Leaving Certificate Examination, 1905
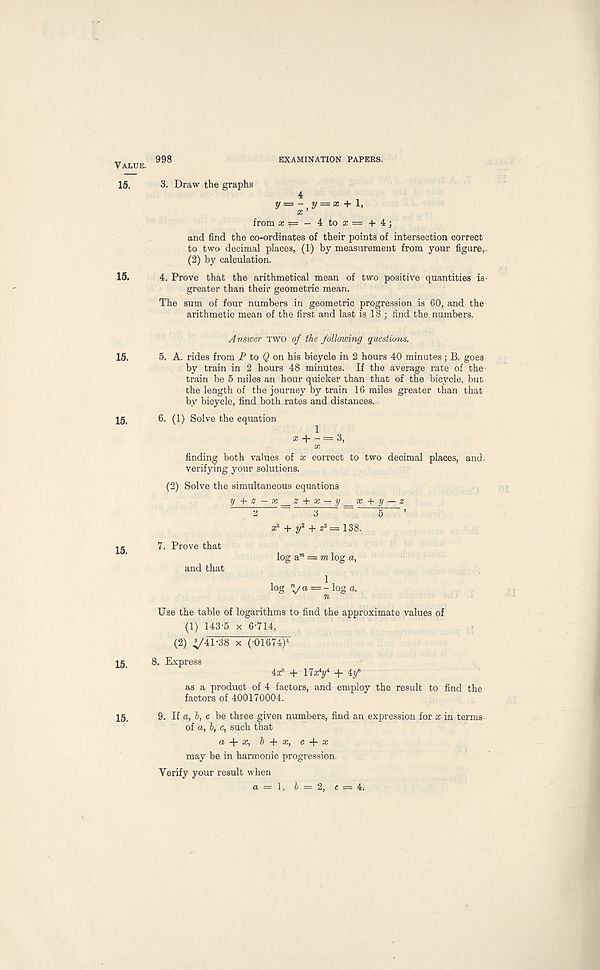
Value. 998
EXAMINATION PAPERS.
15.
3. Draw the graphs
4
y = - ,y = x + 1,
x
from a;T=-4toa;=+4;
and find the co-ordinates of their points of intersection correct
to two decimal places, (1) by measurement from your figure,.
(2) by calculation.
15.
4. Prove that the arithmetical mean of two positive quantities is-
greater than their geometric mean.
The sum of four numbers in geometric progression is 60, and the
arithmetic mean of the first and last is 18 ; find the numbers.
15.
15.
15.
15.
Answer TWO of the following questions.
5. A. rides from P to Q on his bicycle in 2 hours 40 minutes; B. goes
by train in 2 hours 48 minutes. If the average rate of the
train be 5 miles an hour quicker than that of the bicycle, but
the length of the journey by train 16 miles greater than that
by bicycle, find both rates and distances.
6. (1) Solve the equation
1
x — = 3,
x
finding both values of x correct to two decimal places, and-
verifying your solutions.
(2) Solve the simultaneous equations
y + z — x z + x — y x + y — z
' A ~ 3 bit 5 ’
= 138.
7. Prove that
and that
log a m = m log a,
log 7a = -log a.
n
Use the table of logarithms to find the approximate values of
(1) 143-5 x 6-714,
(2) 741-38 x (-01674) 4
8. Express
4JT 8 + 17ay + 4/
as a product of 4 factors, and employ the result to find the
factors of 400170004.
9. If a, 6, c be three given numbers, find an expression for x in terms
of a, b, c, such that
a x, b + x, c4-£
may be in harmonic progression.
Verify your result when